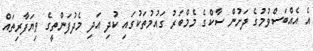
އެ އެއްބަސްވުމުގެ ދަށުން ސާކްގެ މެމްބަރު ގައުމުތަކުގައި ކުދި އަދި މެދުފަންތީގެ ވިޔަފާރިތައް